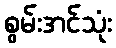
စွမ်းအင်သုံး